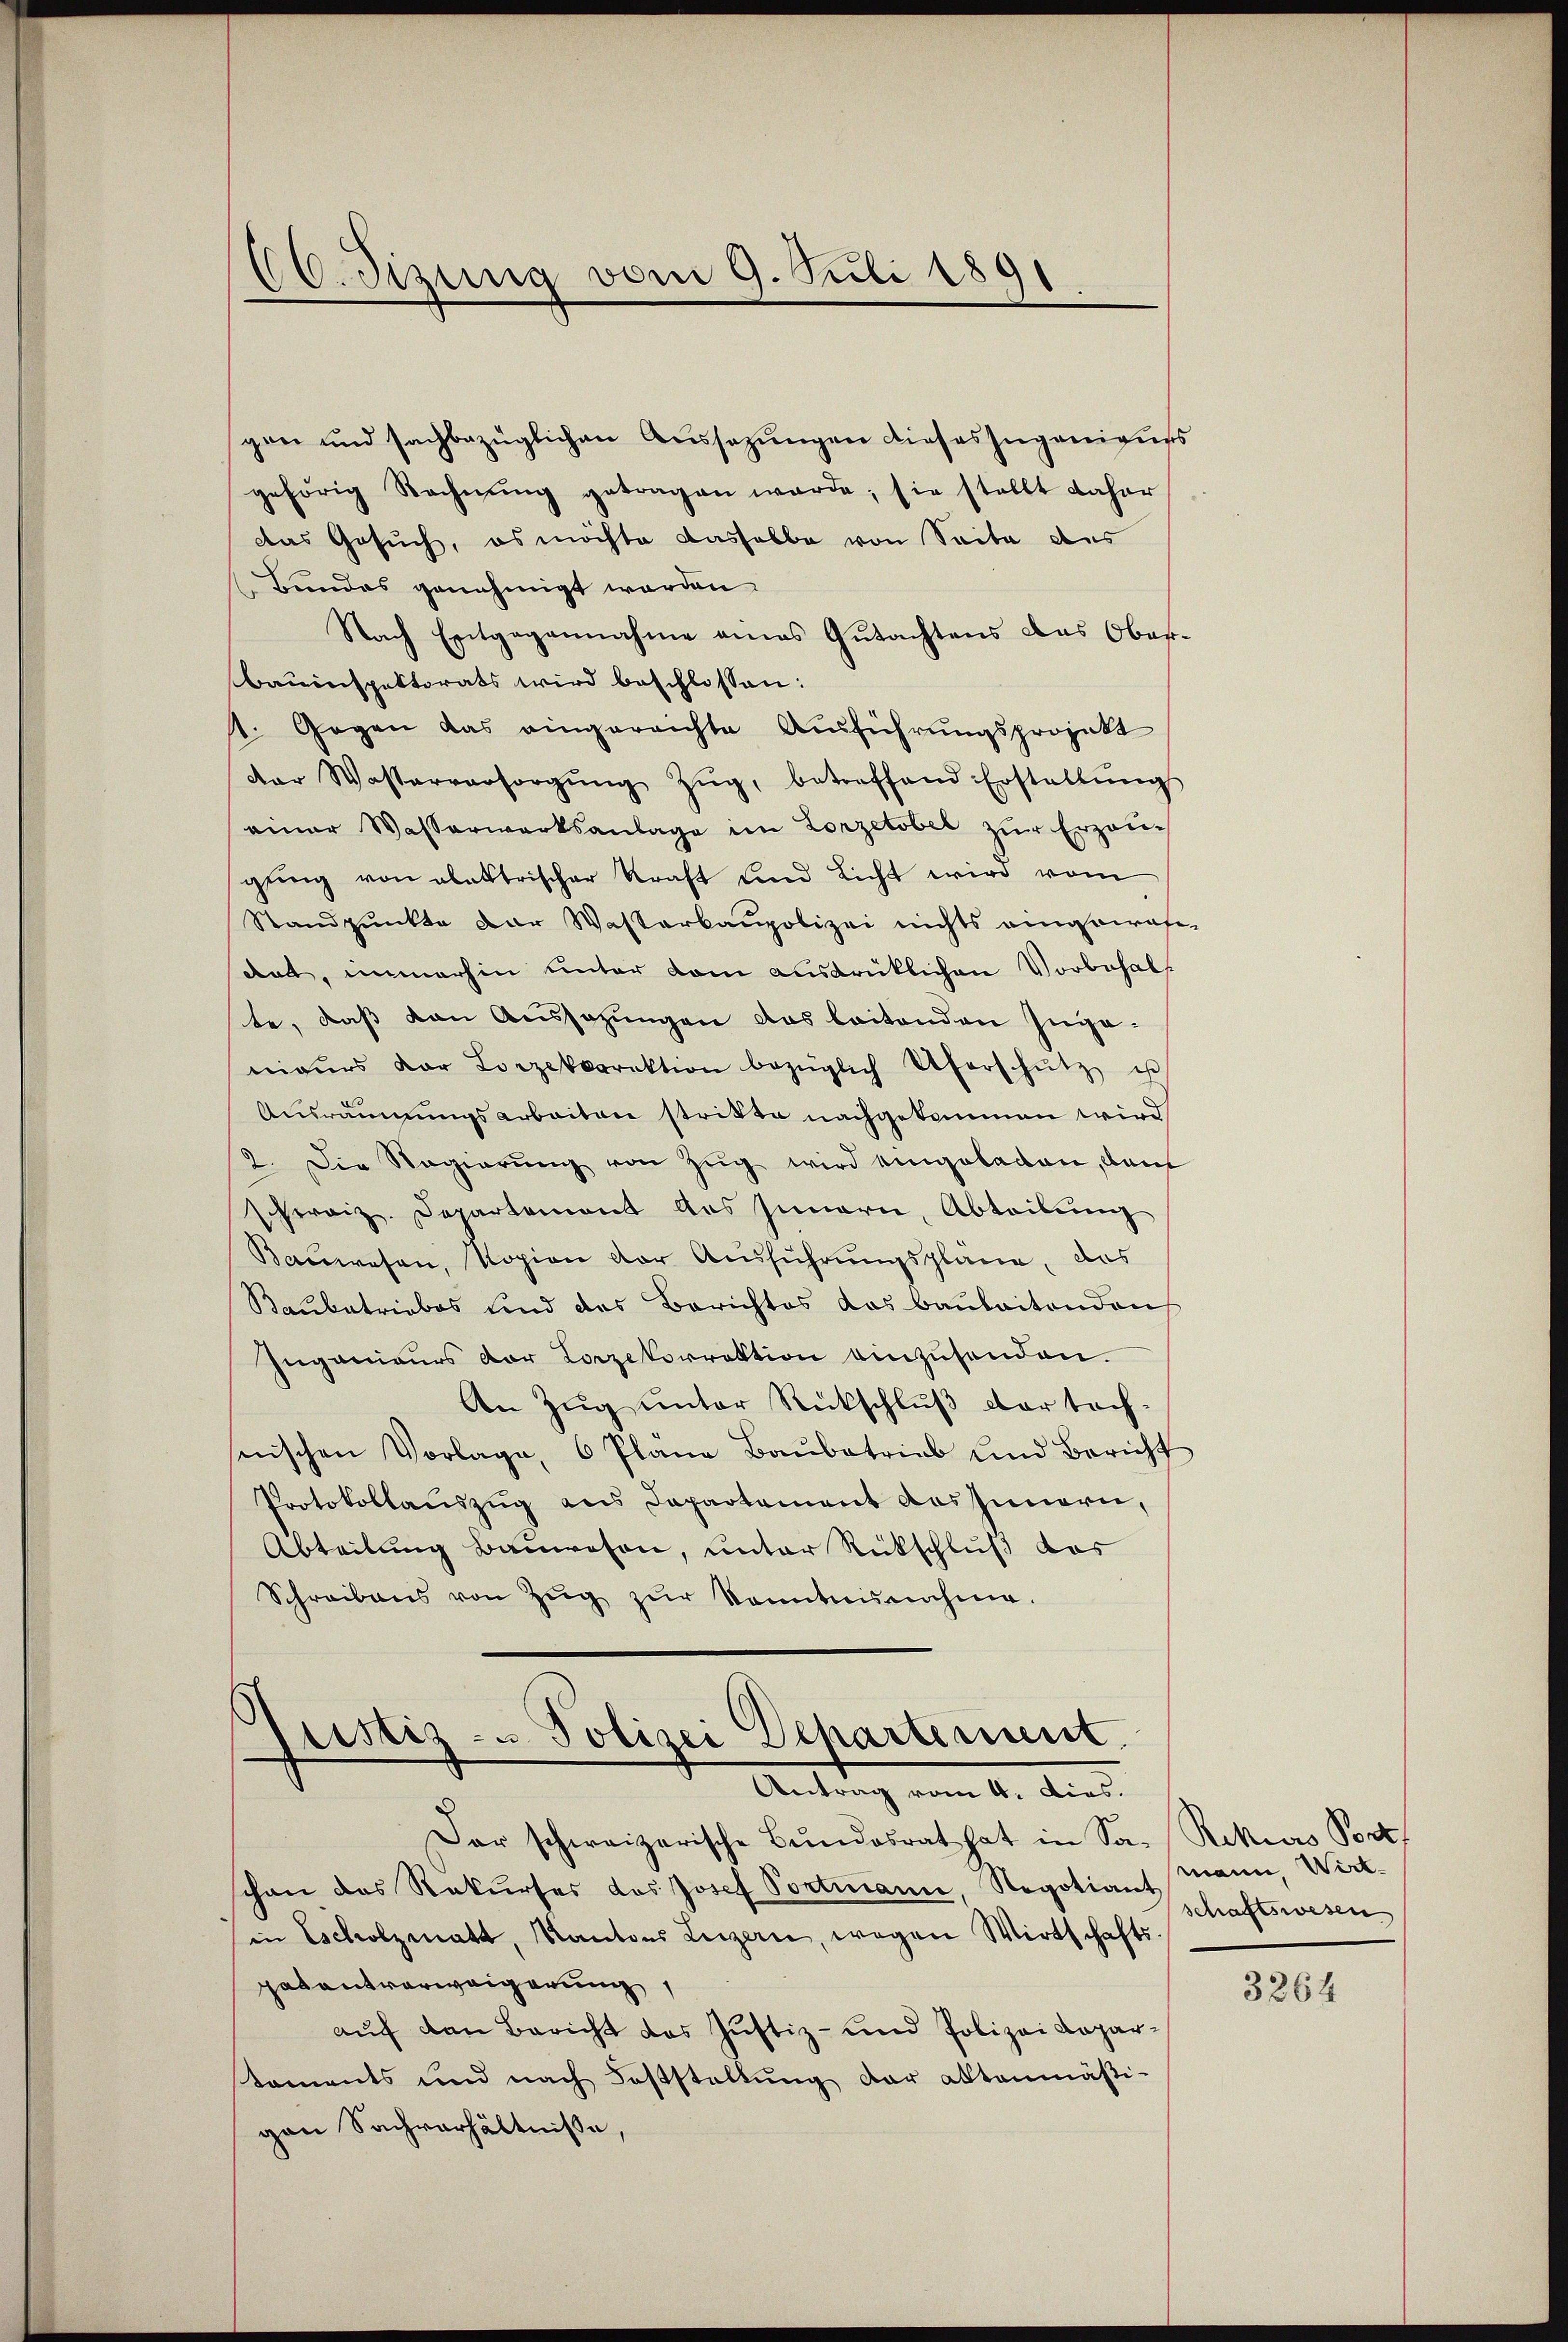
gen und sachbezüglichen Aussezungen dieses zugenigers
gehörig Rechnŭng getragen werde; sie stellt daher
das Gesuch, es möchte dasselbe von Seite des
(Bundes genehmigt worden.
Nach Entgegennahme eines Gutachtens das Ober-
Bauinspektorats wird beschlossen:
1. Gegen das eingereichte Ausführungsprojekt
der Wasterversorgŭng Zŭg, betreffend Erstattŭng
einer Wasserwerksanlage im Lorzetobel zŭr Erzeu-
gŭng von elektrischer Kraft und Licht wird vom
Standpunkte der Wasterbaupolizei nichts eingewas-
dat, immerhin unter dem ausdrüklichen Vorbehalt
te, daß von Aussazungen das leitenden Ingenieurs der Lorzekorrektion bezüglich Uferschütz u
Ausräumungsarbeiten stritte nachgekommen wird
2. Die Regierŭng von Zŭg wird eingeladen, dan
schweiz. Departemont des Innern, Abteilŭng
Bauwesen, Kopien der Ausführungspläne, das
Baubetriebes und des Berichtes das Baubaitenden
Ingenieurs der Lorzekorrektion einzusenden.
An Zug unter Rückschluß dar tochnischen Vorlage, 6 Pläne Baŭbetrieb und Bericht
Protokollauszug aus Departement das Innern,
Abteilung Bauwesen, unter Rückschluß das
Schreibens von Zŭg zŭr Kenntnisnahme.

60. Sizung vom 9. Juli 1891

slistis - Polizei Departement.
Antrag vom 4. dies.

Der schweizerische Bundesrat hat in Sa-Rekias Port
schon des Rekŭrses des Josef Portmann, Regotianschaftswesen
in Escholzmatt, Kantons Legern, wegen Wirtschafts-
patentverweigerung
auf den Bericht das Justiz- und Polizei Kapar-
stoments und nach Feststellung der altenmäßi-
gen Sachverhältnisse,

mann, Wirt-

3264